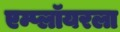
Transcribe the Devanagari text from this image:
एम्प्लॉयरला